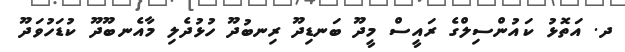
ދ. އަތޮޅު ކައުންސިލްގެ ރައީސް މީދޫ ބަނޑިދޫ ރިނބުދޫ ހުޅުދެލި މާއެނބޫދޫ ކުޑަހުވަދޫ